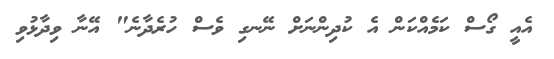
އެއީ ގޯސް ކަމެއްކަން އެ ކުދިންނަށް ނޭނގި ވެސް ހުރެދާނެ" އޭނާ ވިދާޅުވި